Calcutta medical institutions reports 1879-81 [i.e.91]
Year: 1879
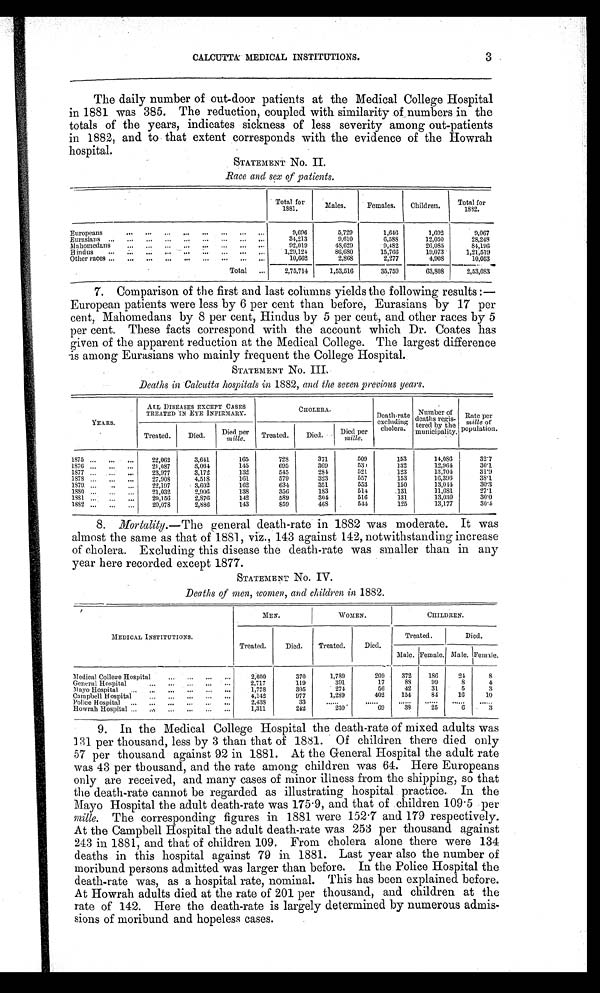
CALCUTTA MEDICAL INSTITUTIONS.
3
The daily number of out-door patients at the Medical College Hospital
in 1881 was 385. The reduction, coupled with similarity of numbers in the
totals of the years, indicates sickness of less severity among out-patients
in 1882, and to that extent corresponds with the evidence of the Howrah
hospital.
STATEMENT No. II.
Race and sex of patients.
Total for1 8 8 1 Males
F e m a l e s .
Children. T o t a l f o r
1 8 8 2
Europeans
9 , 6 9 6
5,729
1 , 6 4 6
1,692
9 , 0 6 7
Eurasians
3 4 , 2 1 3
9,610
6 , 5 8 8
12,050
2 8 , 2 4 8
Mahomedans
9 2 , 0 1 9
48,629
9 , 4 8 2
26,085
8 4 , 1 9 6
Hindus
1 , 2 9 , 1 2 486,680
1 5 , 7 6 6
19,073
1 , 2 1 , 5 1 9
Other races
10,662 2,868
2 , 2 7 7
4,908
1 0 , 0 5 3
Total
2 , 7 5 , 7 1 4
1,53,516
3 5 , 7 5 9
63,808
2 , 5 3 , 0 8 3
7. Comparison of the first and last columns yields the following results:—
European patients were less by 6 per cent than before, Eurasians by 17 per
cent, Mahomedans by 8 per cent, Hindus by 5 per cent, and other races by 5
per cent. These facts correspond with the account which Dr. Coates has
Oven of the apparent reduction at the Medical College. The largest difference
is among Eurasians who mainly frequent the College Hospital.
STATEMENT No. III
Deaths in Calcutta hospitals in 1882, and the seven previous years.
Y E A R S
ALL DISEASES EXCEPT CASES
TREA TED IN EYE INFIRMARY. CHOLERA
Death-rate e x c l u d i n g
c h o l e r a .
Number of
deaths regis-tered by the
municipality.
R a t e p e r
m i l l e o f p o p u l a t i o n s .
Treated.Died.
D i e d p e r
m i l l e .
T r e a t e d .
D i e d .
Died per mille
1 8 7 5
22,0623,641 165
7 2 8
3 7 1
509
1 5 3
14,08632.7
1 8 7 6
21,0873,064 145
6 9 5
3 6 9
530
1 3 2
12,96430.1
1 8 7 7
23,9773,172 132
5 4 5
2 8 4
521
1 2 3
13,70431.9
1 8 7 8 27,9084,518 161
5 7 9
3 2 3
557
1 5 3
16,39638.1
1 8 7 9
. . . 22,1973,602 162
6 3 4
3 5 1
553
1 5 0
13,04430.3
1 8 8 0
21,0322,906 138
3 5 6
1 8 3
514
1 3 1
11,68127.1
1881
20,1562,876 148
5 8 9
3 0 4
516
1 3 1
13,03030.0
1 8 8 2 20,0782,886 143
8 5 9
4 6 8
544
1 2 5
13,17730.4
8. Mortality.—The general death-rate in 1882 was moderate. It was
almost the same as that of 1881, viz., 143 against 142, notwithstanding increase
of cholera. Excluding this disease the death-rate was smaller than in any
year here recorded except 1877.
STATEMENT' No. IV.
Deaths of men, women, and children in 1882.
M E D I C A L I N S T I T U T I O N S .
M E N .
W O M E N .CHILDREN.
T r e a t e d .
D i e d .
T r e a t e d .
Died.
Treated.
D i e d .
Male.Female. Male.
Female.
M e d i c a l C o l l e g e H o s p i t a l 2 , 6 0 0
3 7 0
1 , 7 8 9
209 372 186
2 4
8
G e n e r a l H o s p i t a l
2 , 7 1 7
1 1 9
3 9 1
17
88 99
8 4
M a y o H o s p i t a l
1 , 7 7 8
3 0 5
2 7 4
56
42 31
5 3
C a m p b e l l H o s p i t a l
4 , 1 4 2
9 7 7
1 , 2 8 9
402 154 84
1 6
10
Police Hospital
2 , 4 3 8
3 3
. . . . . .
...... ...... ......
. . . . . .
......
H o w r a h H o s p i t a l
1 , 3 1 1
2 4 2
2 3 0
69
38 25
6 3
9. In the Medical College Hospital the death-rate of mixed adults was
131 per thousand, less by 3 than that of 1881. Of children there died only
57 per thousand against 92 in 1881. At the General Hospital the adult rate
was 43 per thousand, and the rate among children was 64. Here Europeans
only are received, and many cases of minor illness from the shipping, so that
the death-rate cannot be regarded as illustrating hospital practice. In the
Mayo Hospital the adult death-rate was 175.9, and that of children 109.5 per
mille. The corresponding figures in 1881 were 152.7 and 179 respectively.
At the Campbell Hospital the adult death-rate was 253 per thousand against
243 in 1881, and that of children 109. From cholera alone there were 134
deaths in this hospital against 79 in 1881. Last year also the number of
moribund persons admitted was larger than before. In the Police Hospital the
death-rate was, as a hospital rate, nominal. This has been explained before.
At Howrah adults died at the rate of 201 per thousand, and children at the
rate of 142. Here the death-rate is largely determined by numerous admis-
-sions of moribund and hopeless cases.